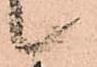
候